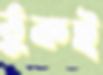
ঠুকই